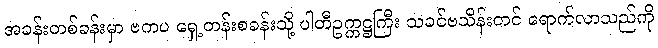
အခန်းတစ်ခန်းမှာ ဗကပ ရှေ့တန်းစခန်းသို့ ပါတီဥက္ကဋ္ဌကြီး သခင်ဗသိန်းတင် ရောက်လာသည်ကို